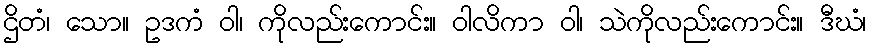
ဌိတံ၊ သော။ ဥဒကံ ဝါ၊ ကိုလည်းကောင်း။ ဝါလိကာ ဝါ၊ သဲကိုလည်းကောင်း။ ဒီဃံ၊